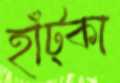
হাঁট্‌কা